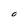
Character: O